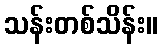
သန်းတစ်သိန်း။